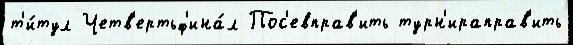
т'и́тул Четв'ертьф'ина́л Пос'евправ'ить турн'ираправ'ить